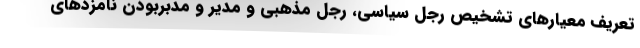
تعریف معیار‌های تشخیص رجل سیاسی، رجل مذهبی و مدیر و مدبربودن نامزد‌های